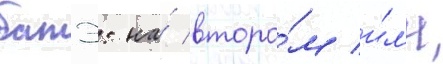
батэ: на́ второ́м и́л'и